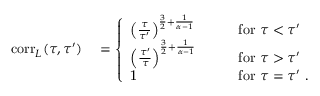
\begin{array} { r l } { \mathrm { c o r r } _ { L } ( \tau , \tau ^ { \prime } ) } & { { } = \left\{ \begin{array} { l l } { \left( \frac { \tau } { \tau ^ { \prime } } \right) ^ { \frac { 3 } { 2 } + \frac { 1 } { \alpha - 1 } } } & { \qquad \mathrm { f o r } \ \tau < \tau ^ { \prime } } \\ { \left( \frac { \tau ^ { \prime } } { \tau } \right) ^ { \frac { 3 } { 2 } + \frac { 1 } { \alpha - 1 } } } & { \qquad \mathrm { f o r } \ \tau > \tau ^ { \prime } } \\ { 1 } & { \qquad \mathrm { f o r } \ \tau = \tau ^ { \prime } \ . } \end{array} \right. } \end{array}